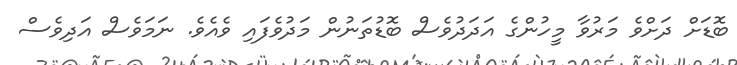
ބޮޑަށް ދަށްވެ މަރުވާ މީހުންގެ އަދަދުވެސް ބޮޑުތަނުން މަދުވެފައި ވެއެވެ. ނަމަވެސް އަދިވެސް